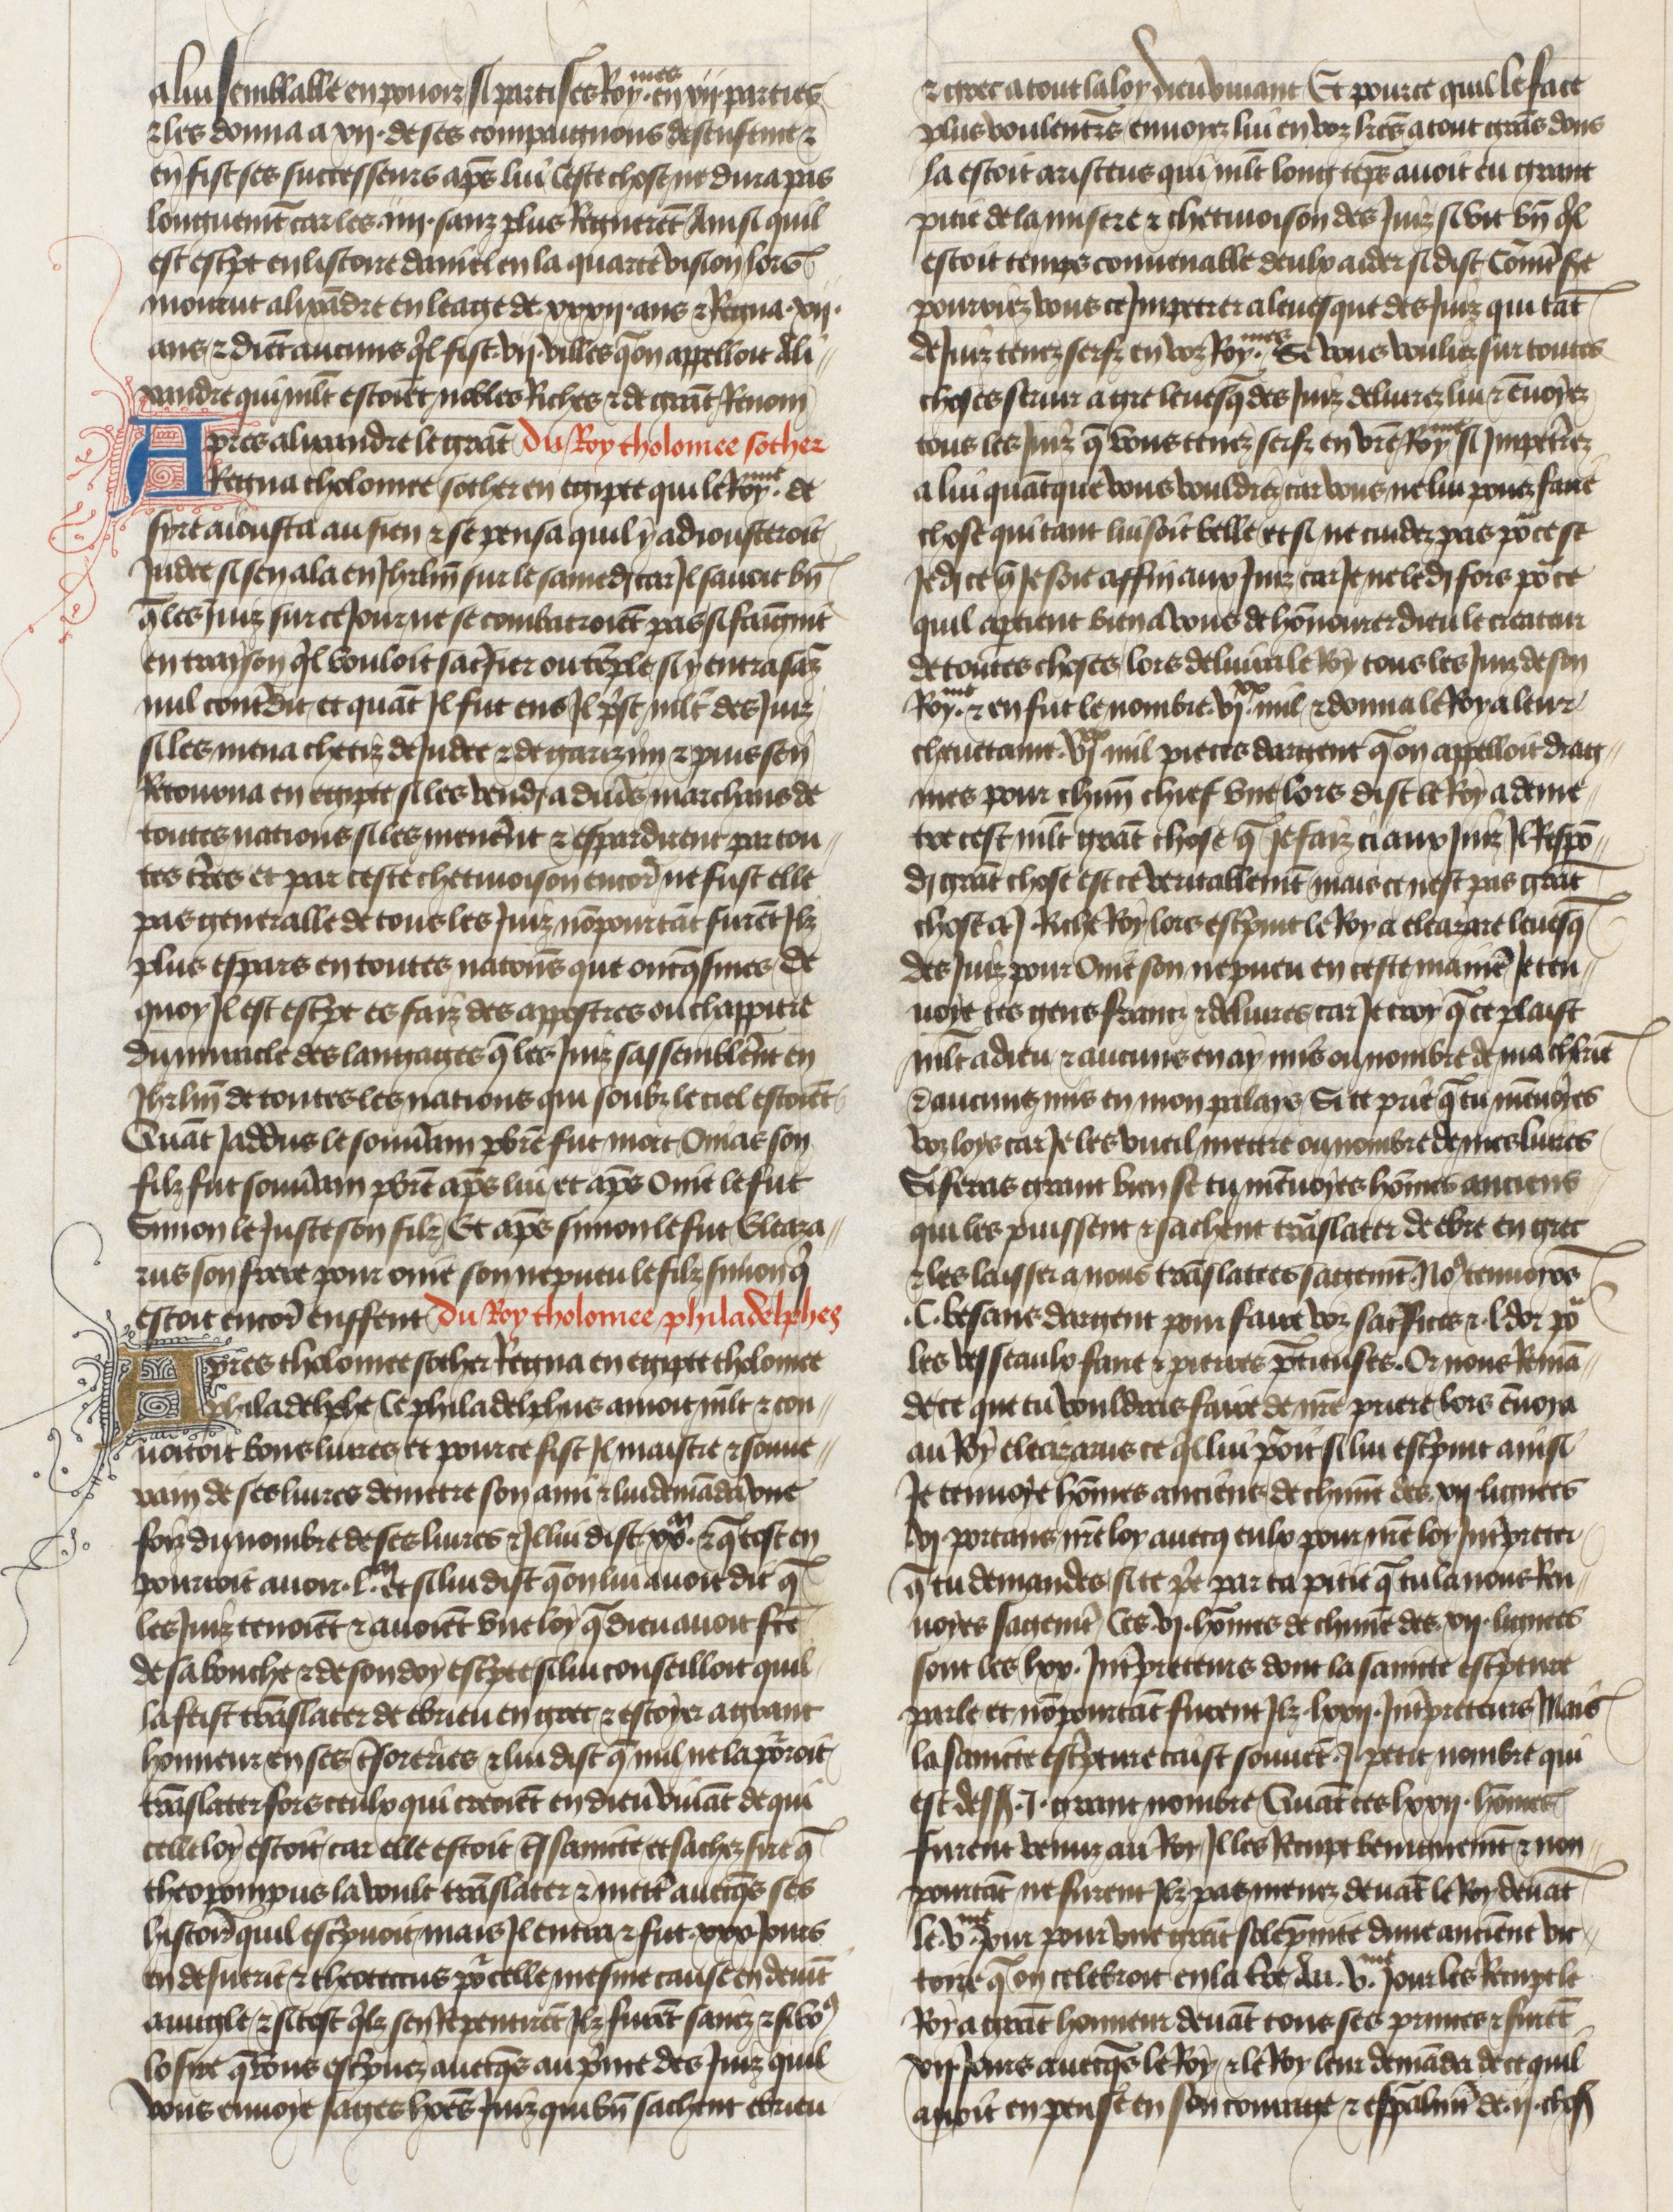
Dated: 1400–1450